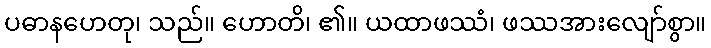
ပဓာနဟေတု၊ သည်။ ဟောတိ၊ ၏။ ယထာဖဿံ၊ ဖဿအားလျော်စွာ။